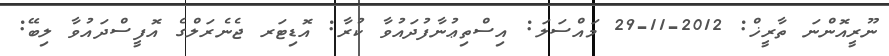
ނޫރީއޮންނަ ތާރީޚް: 2012-11-29 މައްސަލަ: އިސްތިޢުނާފުދައުވާ ކުރާ: އޮޑިޓަރ ޖެނެރަލްގެ އޮފީސްދައުވާ ލިބޭ: